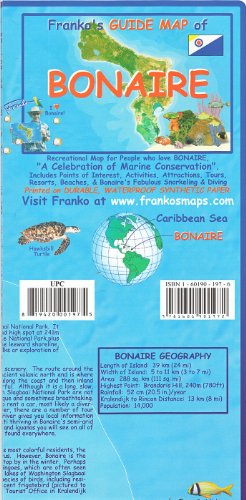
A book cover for Franko's Guide map of Bonaire; Franko's Maps; Travel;